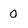
Character: 0